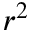
r ^ { 2 }